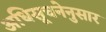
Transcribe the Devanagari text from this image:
अधिसूचनेनुसार